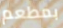
بمطعم